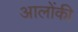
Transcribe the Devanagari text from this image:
आलोंकी